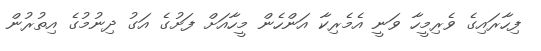
ފިހާރައިގެ ވެރިމީހާ ވަނީ އެމެރިކާ އަންހެން މީހާއަށް ފަށުގެ އަގު ދިނުމުގެ އިތުރުން